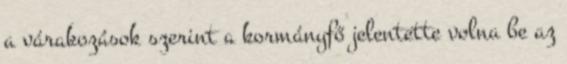
a várakozások szerint a kormányfő jelentette volna be az